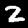
Digit: 2